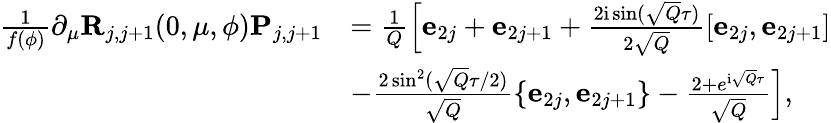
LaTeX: \begin{array}{rl}{\frac{1}{f(\phi)}\partial_{\mu}\mathbf{R}_{j,j+1}(0,\mu,\phi)\mathbf{P}_{j,j+1}}&{=\frac{1}{Q}\left[\mathbf{e}_{2j}+\mathbf{e}_{2j+1}+\frac{2\mathrm{i}\sin(\sqrt{Q}\tau)}{2\sqrt{Q}}\left[\mathbf{e}_{2j},\mathbf{e}_{2j+1}\right]\right.}\\ &{\left.-\frac{2\sin^{2}(\sqrt{Q}\tau/2)}{\sqrt{Q}}\left\{ \mathbf{e}_{2j},\mathbf{e}_{2j+1}\right\} -\frac{2+e^{\mathrm{i}\sqrt{Q}\tau}}{\sqrt{Q}}\right],}\end{array}